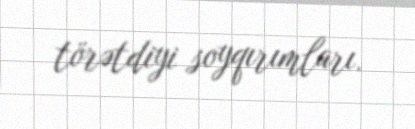
törətdiyi soyqırımları.